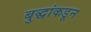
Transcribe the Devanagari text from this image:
बुद्धांकडून